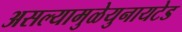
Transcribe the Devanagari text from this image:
असल्यामुळेयुनायटेड